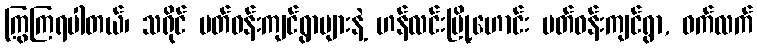
ကြွကြရပါတယ်၊ သရိုင် ပတ်ဝန်းကျင်ရွာများနဲ့ ဟန်လင်းမြို့ဟောင်း ပတ်ဝန်းကျင်ရွာ, ဝက်လက်